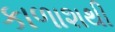
કાળાશથી